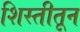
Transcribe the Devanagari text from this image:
शिस्तीतून